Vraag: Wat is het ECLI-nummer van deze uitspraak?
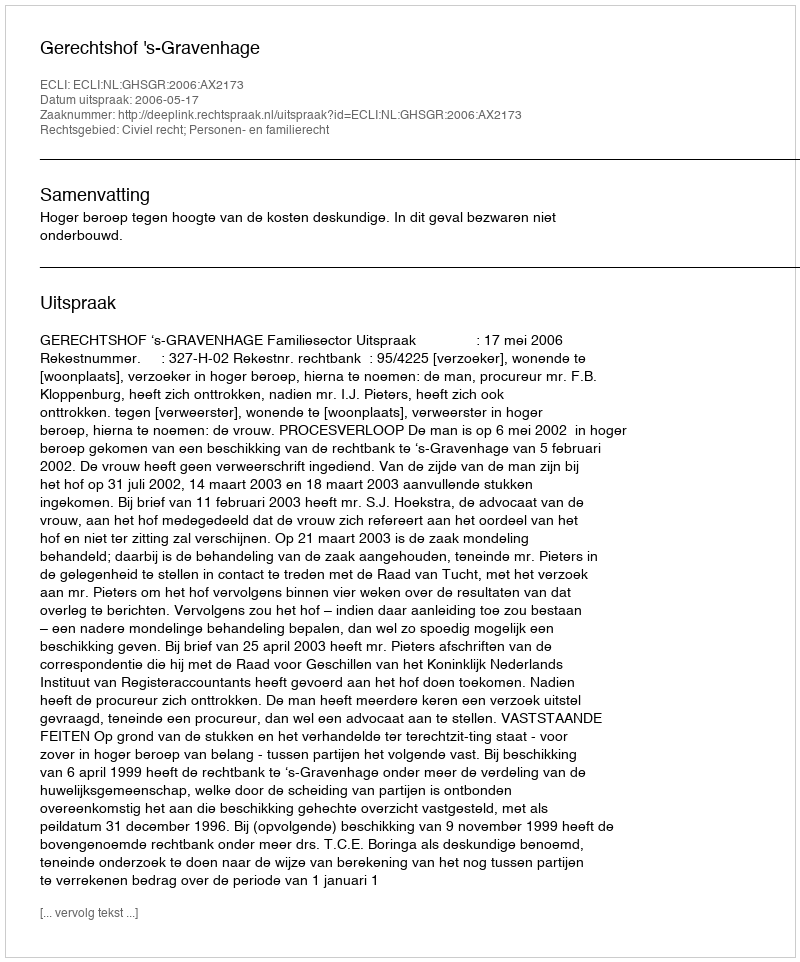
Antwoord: ECLI:NL:GHSGR:2006:AX2173